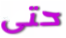
حتى